Distribution and causation of leprosy in British India
Year: 1875
Disease focus: Leprosy
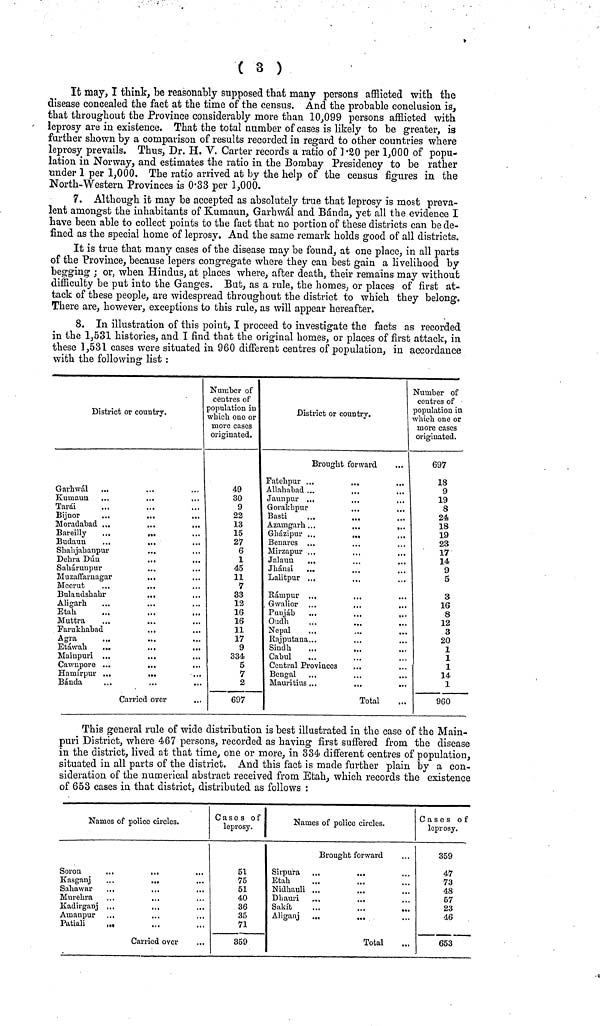
( 3 )
It may, I think, be reasonably supposed that many persons afflicted with the
disease concealed the fact at the time of the census. And the probable conclusion is,
that throughout the Province considerably more than 10,099 persons afflicted with
leprosy are in existence. That the total number of cases is likely to be greater, is
further shown by a comparison of results recorded in regard to other countries where
leprosy prevails. Thus, Dr. H. V. Carter records a ratio of 1·20 per 1,000 of popu-
lation in Norway, and estimates the ratio in the Bombay Presidency to be rather
under 1 per 1,000, The ratio arrived at by the help of the census figures in the
North-Western Provinces is 0-33 per 1,000.
7. Although it may be accepted as absolutely true that leprosy is most preva-
lent amongst the inhabitants of Kumaun, Garhwál and Bánda, yet all the evidence I
have been able to collect points to the fact that no portion of these districts can be de-
fined as the special home of leprosy. And the same remark holds good of all districts.
It is true that many cases of the disease may be found, at one place, in all parts
of the Province, because lepers congregate where they can best gain a livelihood by
begging ; or, when Hindus, at places where, after death, their remains may without
difficulty be put into the Ganges. But, as a rule, the homes, or places of first at-
tack of these people, are widespread throughout the district to which they belong.
There are, however, exceptions to this rule, as will appear hereafter.
8. In illustration of this point, I proceed to investigate the facts as recorded
in the 1,531 histories, and I find that the original homes, or places of first attack, in
these 1,531 cases were situated in 960 different centres of population, in accordance
with the following list :
District or country.
Garhwál ...
Kuinaim
Tarái
Bijuor
Moradabad ..
..
,.
Bareilly
..
,.
Budaun
Shahjahanpur
Delira Dull
..
..
Saháruupur
Muzaffanagar
,.
Meerut
Bulandshahr
.,
Aligarh
Etah
Muttra
Farukhabad
Agra
Etáwah
...
Mainpuri ...
Cawnpore ...
..
Hamírpur ...
..
Bánda
,..
.
.
,
,
,
,
f
,
.
.
,
,
,
...
Carried over
..
Number of
centres of
population in
which one or
more cases
originated.
49
30
9
22
13
15
27
6
1
45
11
7
33
12
16
16
11
17
9
334
5
7
2
697
District or country.
Brought forward
Fatehpur ...
...
Allahabad ...
Jaunpur ...
...
Gorakhpur
...
Basti
Azamgarh...
...
...
Gházipur ...
...
.,
Benares ...
Mirzapur ...
Jalaun
Jhánsi
...
Lalitpur ...
Rámpur ...
Gwalior
Punjáb
...
,,.
,.
Oud'h
Nepal
Rajputana...
Siudh
Cabul
Central Provinces
Bengal ...
..
..
Mauritius,..
Total
Number of
centres of
populatiou in
which one or
more cases
originated.
697
18
9
19
8
24.
18
19
23
17
9
5
3
16
8
12
3
20
1
1
1
le
1
960
This general rule of wide distribution is best illustrated in the case of the Main-
puri District, where 467 persons, recorded as having first suffered from the disease
in the district, lived at that time, one or more, in 334· different centres of population,
situated in all parts of the district. And this fact is made further plain by a con-
sideration of the numerical abstract received from Etah, which records the existence
of 653 cases in that district, distributed as follows :
Names of police circles.
Soron
Kasganj
Sahawar
Murehra
Kadirganj .
Amanpur
Patiali
,
I·
Carried over
Cases of
leprosy.
51
75
51
40
36
35
71
359
Names of police circles.
Brought forward
Sirpura
Etah
Nidhauli
Dhauri
Sakít
Aliganj
Total
Cases of
leprosy.
359
47
73
48
57
23
46
653